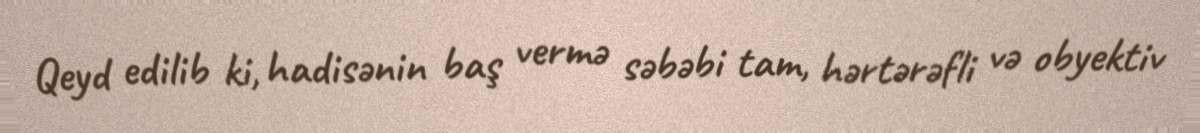
Qeyd edilib ki, hadisənin baş vermə səbəbi tam, hərtərəfli və obyektiv